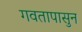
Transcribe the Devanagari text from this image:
गवतापासुन